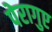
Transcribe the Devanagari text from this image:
पेरागुए